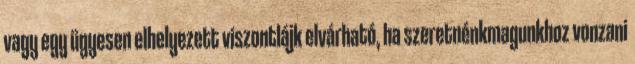
vagy egy ügyesen elhelyezett viszontlájk elvárható, ha szeretnénkmagunkhoz vonzani